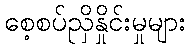
စေ့စပ်ညှိနှိုင်းမှုများ